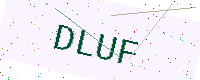
Text: DLUF